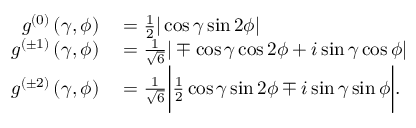
\begin{array} { r l } { g ^ { ( 0 ) } \left( \gamma , \phi \right) } & { { } = \frac { 1 } { 2 } | \cos \gamma \sin 2 \phi | } \\ { g ^ { ( \pm 1 ) } \left( \gamma , \phi \right) } & { { } = \frac { 1 } { \sqrt { 6 } } | \mp \cos \gamma \cos 2 \phi + i \sin \gamma \cos \phi | } \\ { g ^ { ( \pm 2 ) } \left( \gamma , \phi \right) } & { { } = \frac { 1 } { \sqrt { 6 } } \bigg | \frac { 1 } { 2 } \cos \gamma \sin 2 \phi \mp i \sin \gamma \sin \phi \bigg | . } \end{array}